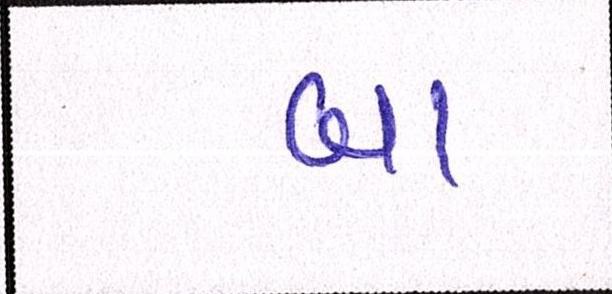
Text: બા